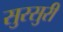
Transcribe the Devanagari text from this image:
सुरसुरी